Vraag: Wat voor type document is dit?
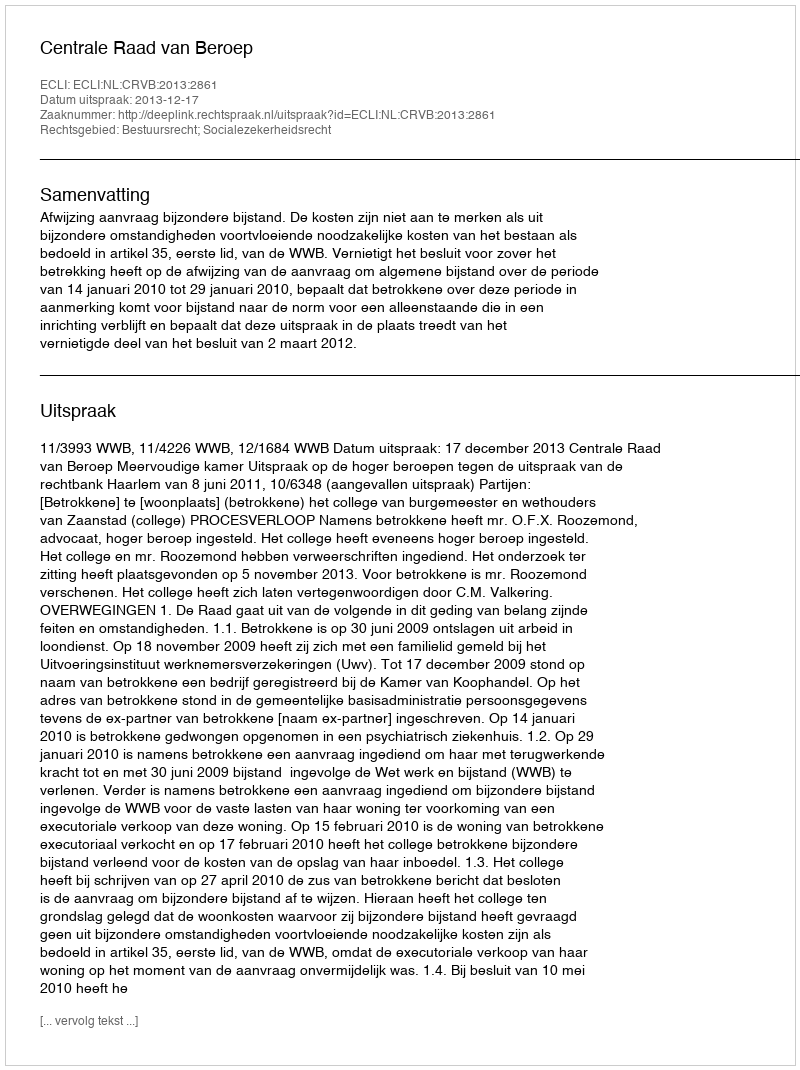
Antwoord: Uitspraak